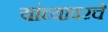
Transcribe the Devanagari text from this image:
यांच्यावरचे